Annual report of the Punjab Veterinary College and of the Civil Veterinary Department, Punjab - 1920-1925
Year: 1920
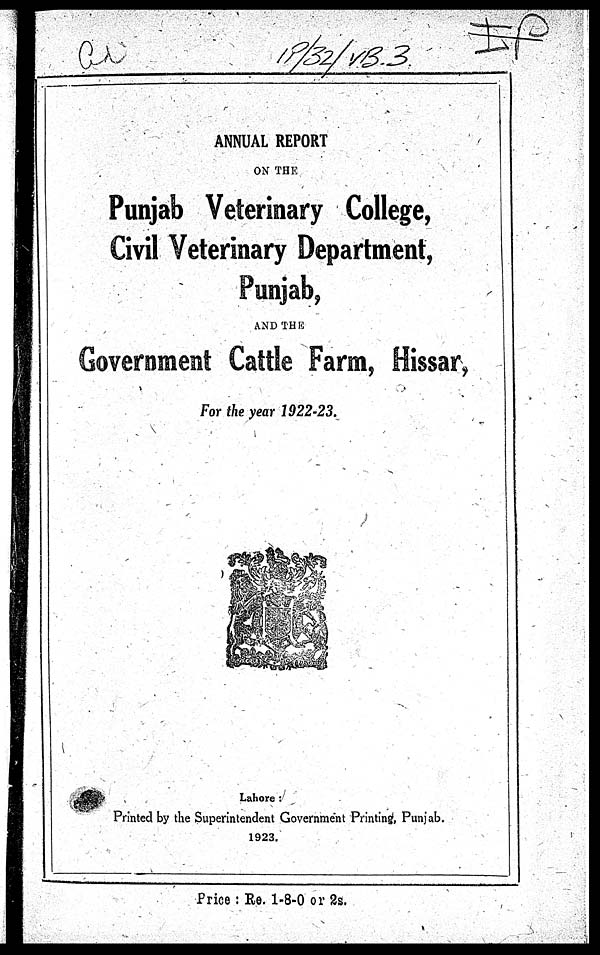
ANNUAL REPORT
ON THE
Punjab Veterinary College,
Civil Veterinary Department,
Punjab,
AND THE
Government Cattle Farm, Hissar,
For the year 1922-23.
Lahore :
Printed by the Superintendent Government Printing, Punjab.
1923.
Price: Re. 1-8-0 or 2s.